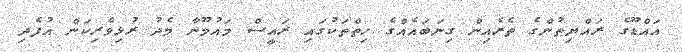
އައްޑޫގެ ރައްޔިތުންގެ ތެރެއިން ގިނަބައެއްގެ ހިތްތަކުގައި ރައީސް މައުމޫނާ މެދު ރުޅިވެރިކަން އުފެދި